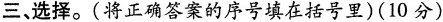
三、选择。(将正确答案的序号填在括号里)(10分)